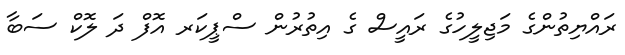
ރައްޔިތުންގެ މަޖިލީހުގެ ރައީސް ގެ އިތުރުން ސްޕީކަރ އޮފް ދަ ލޮކް ސަބާ